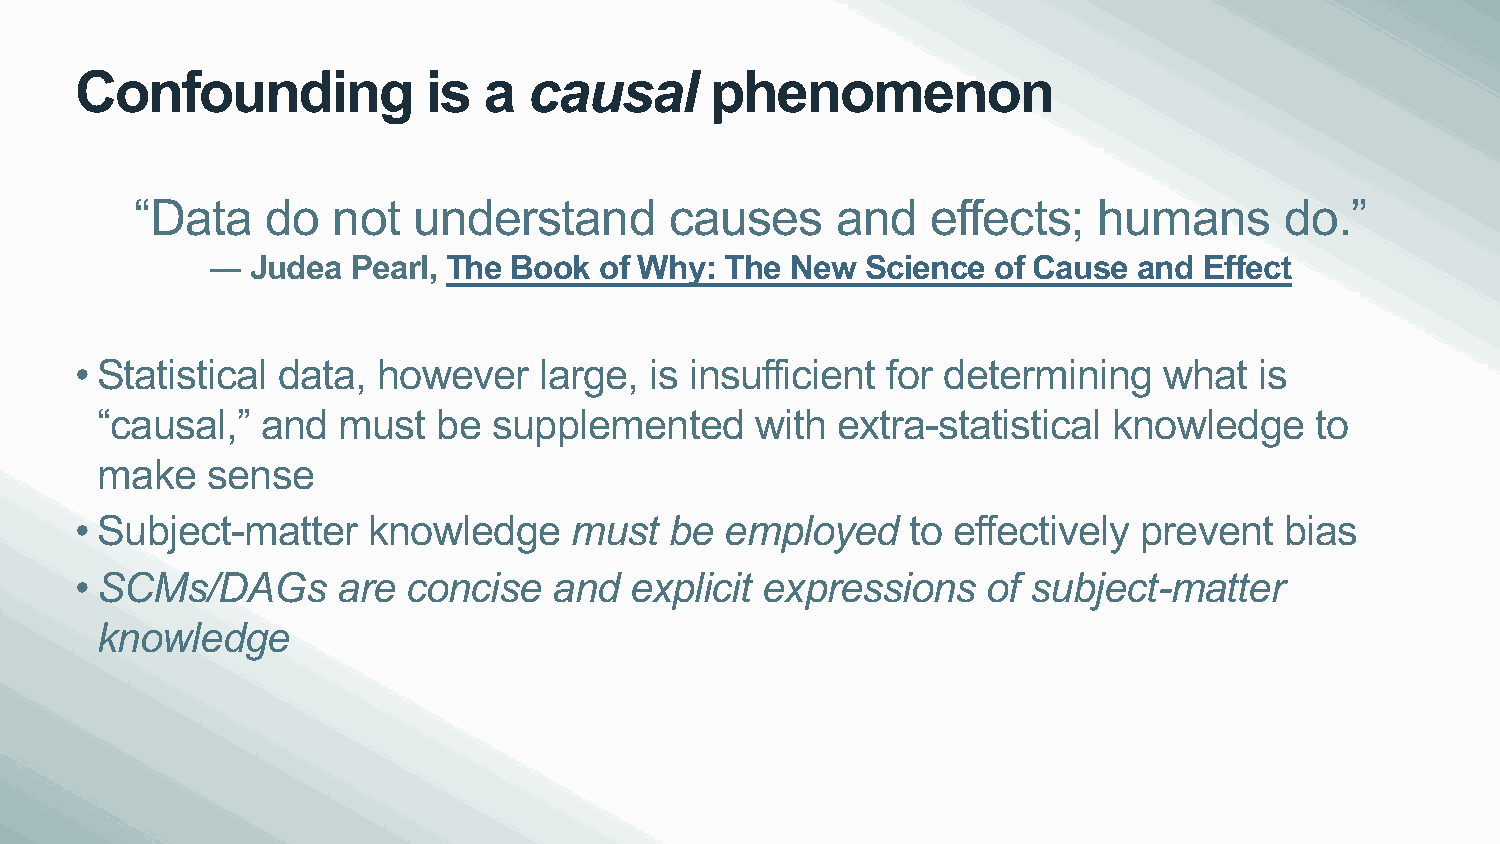
Confounding            is  a  causal      phenomenon
 “Data    do  not  understand       causes     and    effects;   humans      do.”
 ―  Judea Pearl, The Book  of Why: The New  Science  of Cause and  Effect
 • Statistical data, however    large, is insufficient for determining   what  is
 “causal,”  and  must   be  supplemented     with extra-statistical  knowledge    to
 make    sense
 • Subject-matter   knowledge     must  be  employed    to effectively prevent   bias
 • SCMs/DAGs      are  concise   and  explicit expressions   of subject-matter
 knowledge